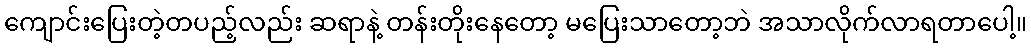
ကျောင်းပြေးတဲ့တပည့်လည်း ဆရာနဲ့ တန်းတိုးနေတော့ မပြေးသာတော့ဘဲ အသာလိုက်လာရတာပေါ့။